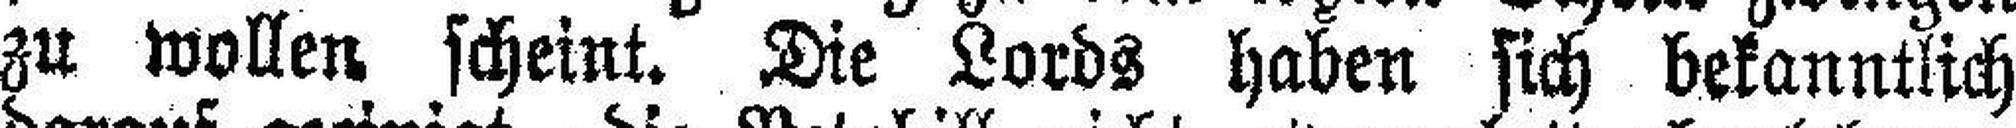
zu wollen scheint. Die Lords haben sich bekanntlich